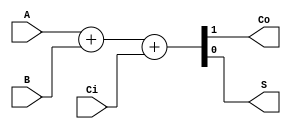
module be_fa(Co, S, A, B, Ci);
    output Co, S;

    input A, B, Ci;

    assign {Co, S} = A + B + Ci;

endmodule

module be_fa_tb();
    reg A, B, Ci;

    wire Co, S;

    initial begin;

        $dumpfile("be_fa");
        $dumpvars;

        A = 0; B = 0; Ci = 0;

    #5  Ci = 1;
    #5  B  = 1;
    #5  Ci = 0;
    #5  A  = 1;
    #5  Ci = 1;
    #5  B =  0;
    #5  Ci = 0;

        $finish;
    end;

    be_fa be_fa_1(Co, S, A, B, Ci);

endmodule